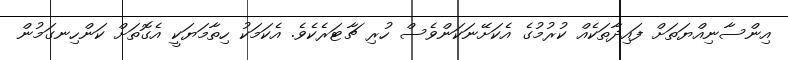
އިންސާނިއްޔަތަށް ފައިދާތަކެއް ކުރުމުގެ އެކަށޭނަކަންވެސް ހުރި ޗާޓަރެކެވެ. އެކަމަކު ހިތާމަޔަކީ އެގޮތަށް ކަންހިނގަމުން